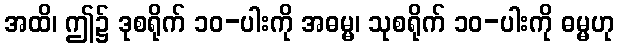
အထိ၊ ဤ၌ ဒုစရိုက် ၁၀-ပါးကို အဓမ္မ၊ သုစရိုက် ၁၀-ပါးကို ဓမ္မဟု